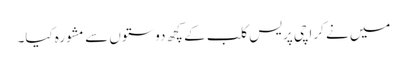
میں نے کراچی پریس کلب کے کچھ دوستوں سے مشورہ کیا۔